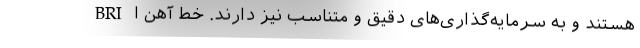
BRI هستند و به سرمایه‌گذاری‌های دقیق و متناسب نیز دارند. خط آهن ا